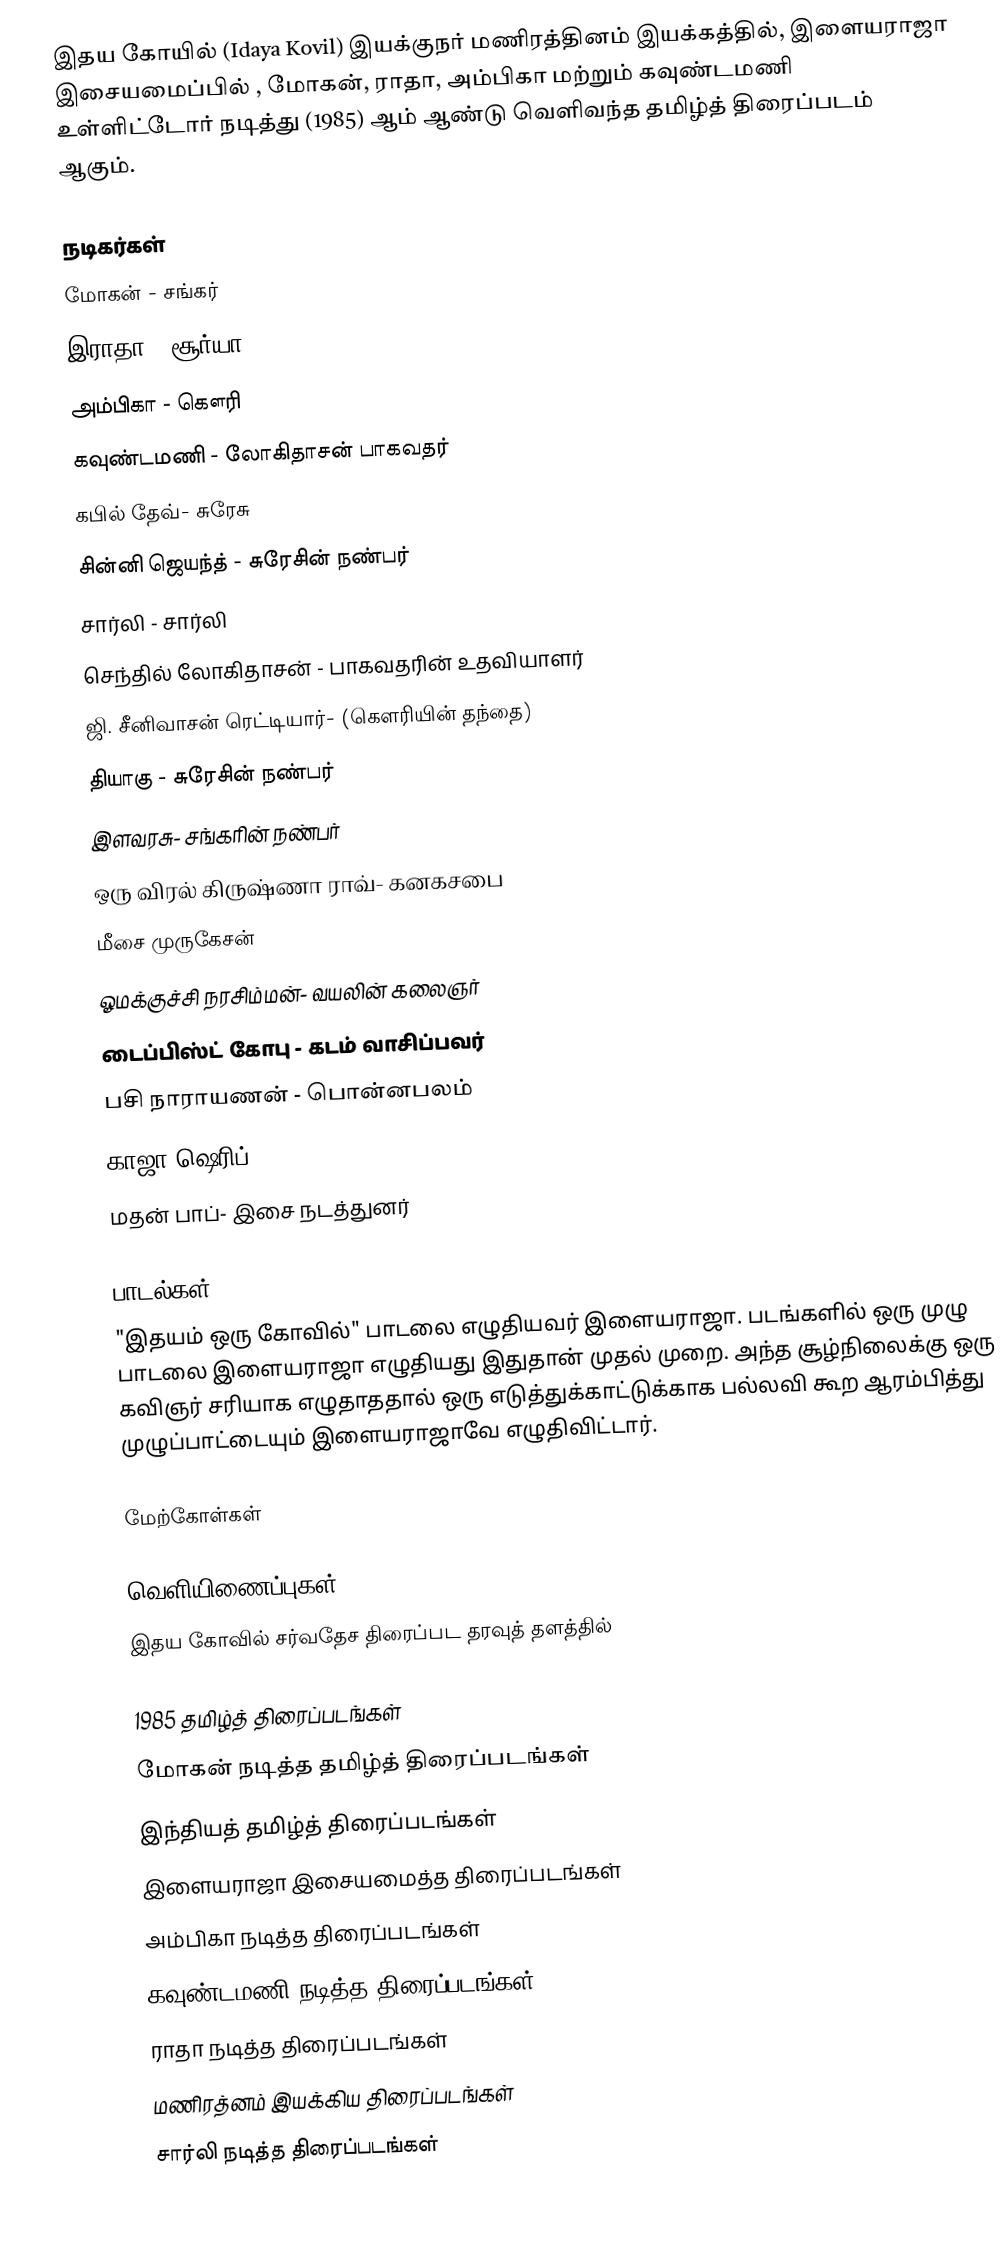
இதய கோயில் (Idaya Kovil) இயக்குநர் மணிரத்தினம் இயக்கத்தில், இளையராஜா இசையமைப்பில் , மோகன், ராதா, அம்பிகா  மற்றும் கவுண்டமணி உள்ளிட்டோர்  நடித்து (1985) ஆம் ஆண்டு வெளிவந்த தமிழ்த் திரைப்படம் ஆகும்.

நடிகர்கள்
 மோகன் - சங்கர் 
 இராதா - சூர்யா
 அம்பிகா - கௌரி 
 கவுண்டமணி - லோகிதாசன் பாகவதர் 
 கபில் தேவ்- சுரேசு
 சின்னி ஜெயந்த் - சுரேசின் நண்பர் 
 சார்லி - சார்லி 
 செந்தில் லோகிதாசன் - பாகவதரின் உதவியாளர் 
 ஜி. சீனிவாசன் ரெட்டியார்- (கௌரியின் தந்தை)
 தியாகு - சுரேசின் நண்பர்
 இளவரசு- சங்கரின் நண்பர் 
 ஒரு விரல் கிருஷ்ணா ராவ்- கனகசபை
 மீசை முருகேசன் 
 ஓமக்குச்சி நரசிம்மன்- வயலின் கலைஞர்
 டைப்பிஸ்ட் கோபு - கடம் வாசிப்பவர்
 பசி நாராயணன் - பொன்னபலம் 
 காஜா ஷெரிப்
 மதன் பாப்-  இசை நடத்துனர்

பாடல்கள்
"இதயம் ஒரு கோவில்" பாடலை எழுதியவர் இளையராஜா. படங்களில் ஒரு முழு பாடலை இளையராஜா எழுதியது இதுதான் முதல் முறை. அந்த சூழ்நிலைக்கு ஒரு கவிஞர் சரியாக எழுதாததால் ஒரு எடுத்துக்காட்டுக்காக பல்லவி கூற ஆரம்பித்து முழுப்பாட்டையும் இளையராஜாவே எழுதிவிட்டார்.

மேற்கோள்கள்

வெளியிணைப்புகள்
இதய கோவில் சர்வதேச திரைப்பட தரவுத் தளத்தில்

1985 தமிழ்த் திரைப்படங்கள்
மோகன் நடித்த தமிழ்த் திரைப்படங்கள்
இந்தியத் தமிழ்த் திரைப்படங்கள்
இளையராஜா இசையமைத்த திரைப்படங்கள்
அம்பிகா நடித்த திரைப்படங்கள்
கவுண்டமணி நடித்த திரைப்படங்கள்
ராதா நடித்த திரைப்படங்கள்
மணிரத்னம் இயக்கிய திரைப்படங்கள்
சார்லி நடித்த திரைப்படங்கள்